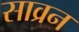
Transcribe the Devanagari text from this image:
साव्रन